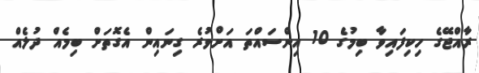
ރާއްޖޭގެ ހިކިފައިވާ ބިމުގެ 10 އިންސައްތަ އަށްވުރެ ގިނައިން އެގޮތަށް ބިމެއް ދުލެއް